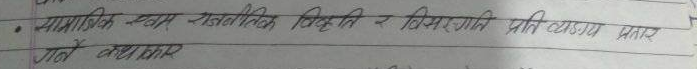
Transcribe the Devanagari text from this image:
सामाजिक एवम् राजनीतिक विकृति र विसङ्गती प्रति व्यङ्ग्य प्रहार
गर्ने कलाकार